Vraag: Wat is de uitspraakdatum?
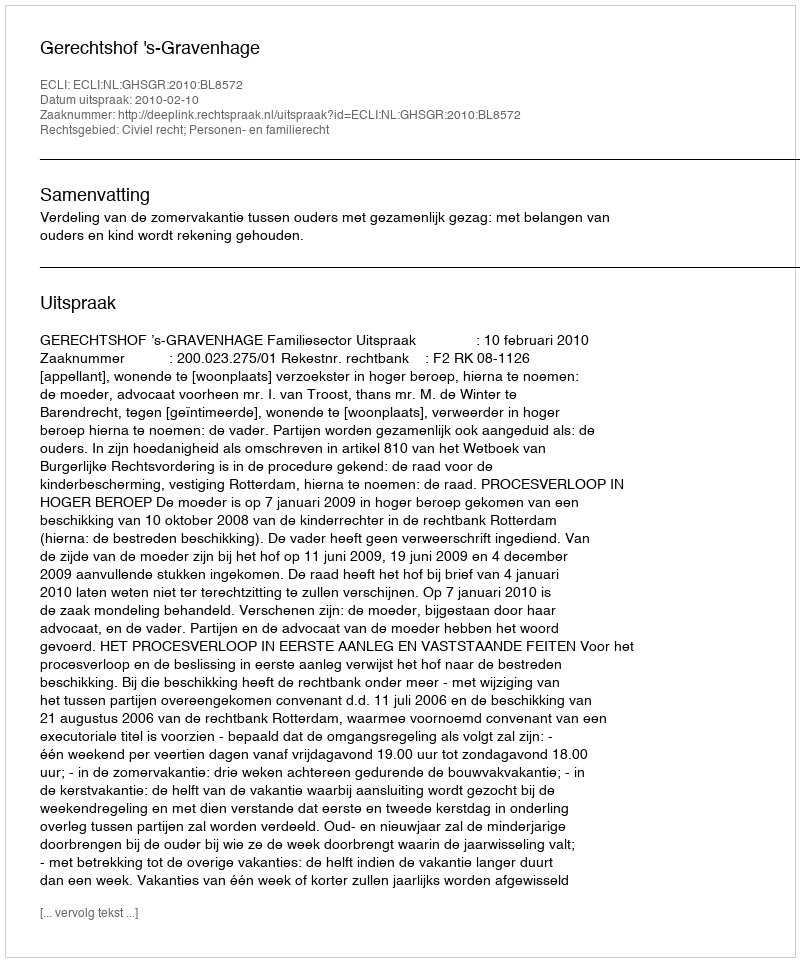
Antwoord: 2010-02-10